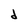
Character: d